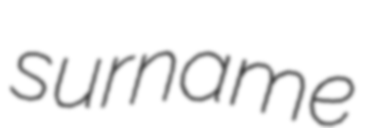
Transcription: surname